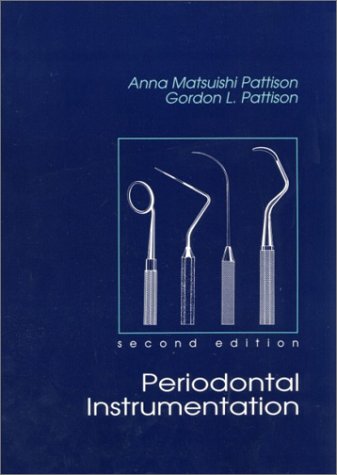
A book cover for Periodontal Instrumentation (2nd Edition); Anna Matsuishi Pattison RDH  MS; Medical Books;